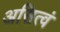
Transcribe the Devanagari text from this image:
असित्वं